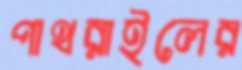
পাথরাইলের